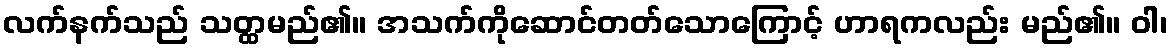
လက်နက်သည် သတ္ထမည်၏။ အသက်ကိုဆောင်တတ်သောကြောင့် ဟာရကလည်း မည်၏။ ဝါ၊